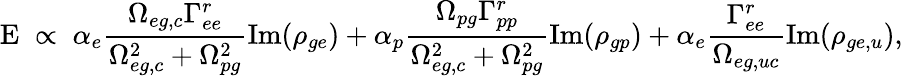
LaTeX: \mathrm{E}\; \propto\; \alpha_{e}\frac{\Omega_{eg,c}\Gamma_{ee}^{r}}{\Omega_{eg,c}^{2}+\Omega_{pg}^{2}}\mathrm{Im}(\rho_{ge})+\alpha_{p}\frac{\Omega_{pg}\Gamma_{pp}^{r}}{\Omega_{eg,c}^{2}+\Omega_{pg}^{2}}\mathrm{Im}(\rho_{gp})+\alpha_{e}\frac{\Gamma_{ee}^{r}}{\Omega_{eg,uc}}\mathrm{Im}(\rho_{ge,u}),